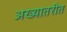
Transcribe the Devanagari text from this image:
अख्यातरीत